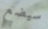
سيضع